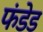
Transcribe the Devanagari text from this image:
फंडेड